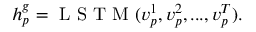
\begin{array} { r } { \begin{array} { r } { h _ { p } ^ { g } = \mathrm { ~ L ~ S ~ T ~ M ~ } ( v _ { p } ^ { 1 } , v _ { p } ^ { 2 } , . . . , v _ { p } ^ { T } ) . } \end{array} } \end{array}